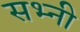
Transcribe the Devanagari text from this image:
सभ्नी